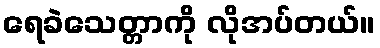
ရေခဲသေတ္တာကို လိုအပ်တယ်။